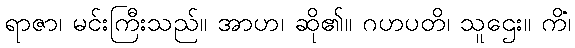
ရာဇာ၊ မင်းကြီးသည်။ အာဟ၊ ဆို၏။ ဂဟပတိ၊ သူဌေး။ ကိံ၊